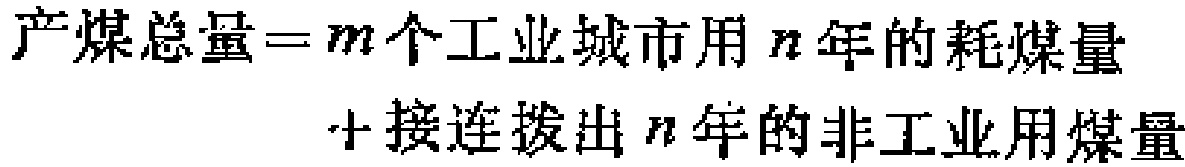
\[

\begin{align*}

产煤总量=&m个工业城市用\ n年的耗煤量\\

&+接连拨出\ n年的非工业用煤量

\end{align*}

\]